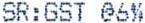
SR:GST @6%